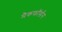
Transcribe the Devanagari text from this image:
मैकफॉर्सन